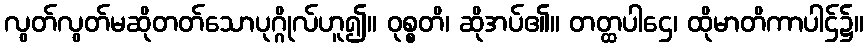
လွတ်လွတ်မဆိုတတ်သောပုဂ္ဂိုလ်ဟူ၍။ ဝုစ္စတိ၊ ဆိုအပ်၏။ တတ္ထပါဌေ၊ ထိုမာတိကာပါဌ်၌။